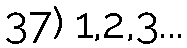
37) 1,2,3...